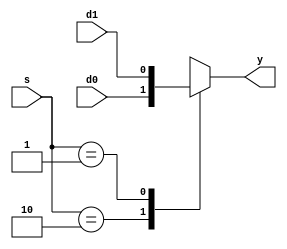
module mux2(d0, d1, s, y);		//2 input mux
	input d0, d1;		// 2 inputs
	input [1:0] s;		// select signal
	output y;			// output
	reg y;				// reg
	
	always @(d0, d1, s)	
	begin
		case(s)	
			2'b10		:	y <= d0;		// when M0_grant
			2'b01		:	y <= d1;		// when M1_grant
			default	:	y <= 1'bx;	// when default, unknown
		endcase
	end
endmodule